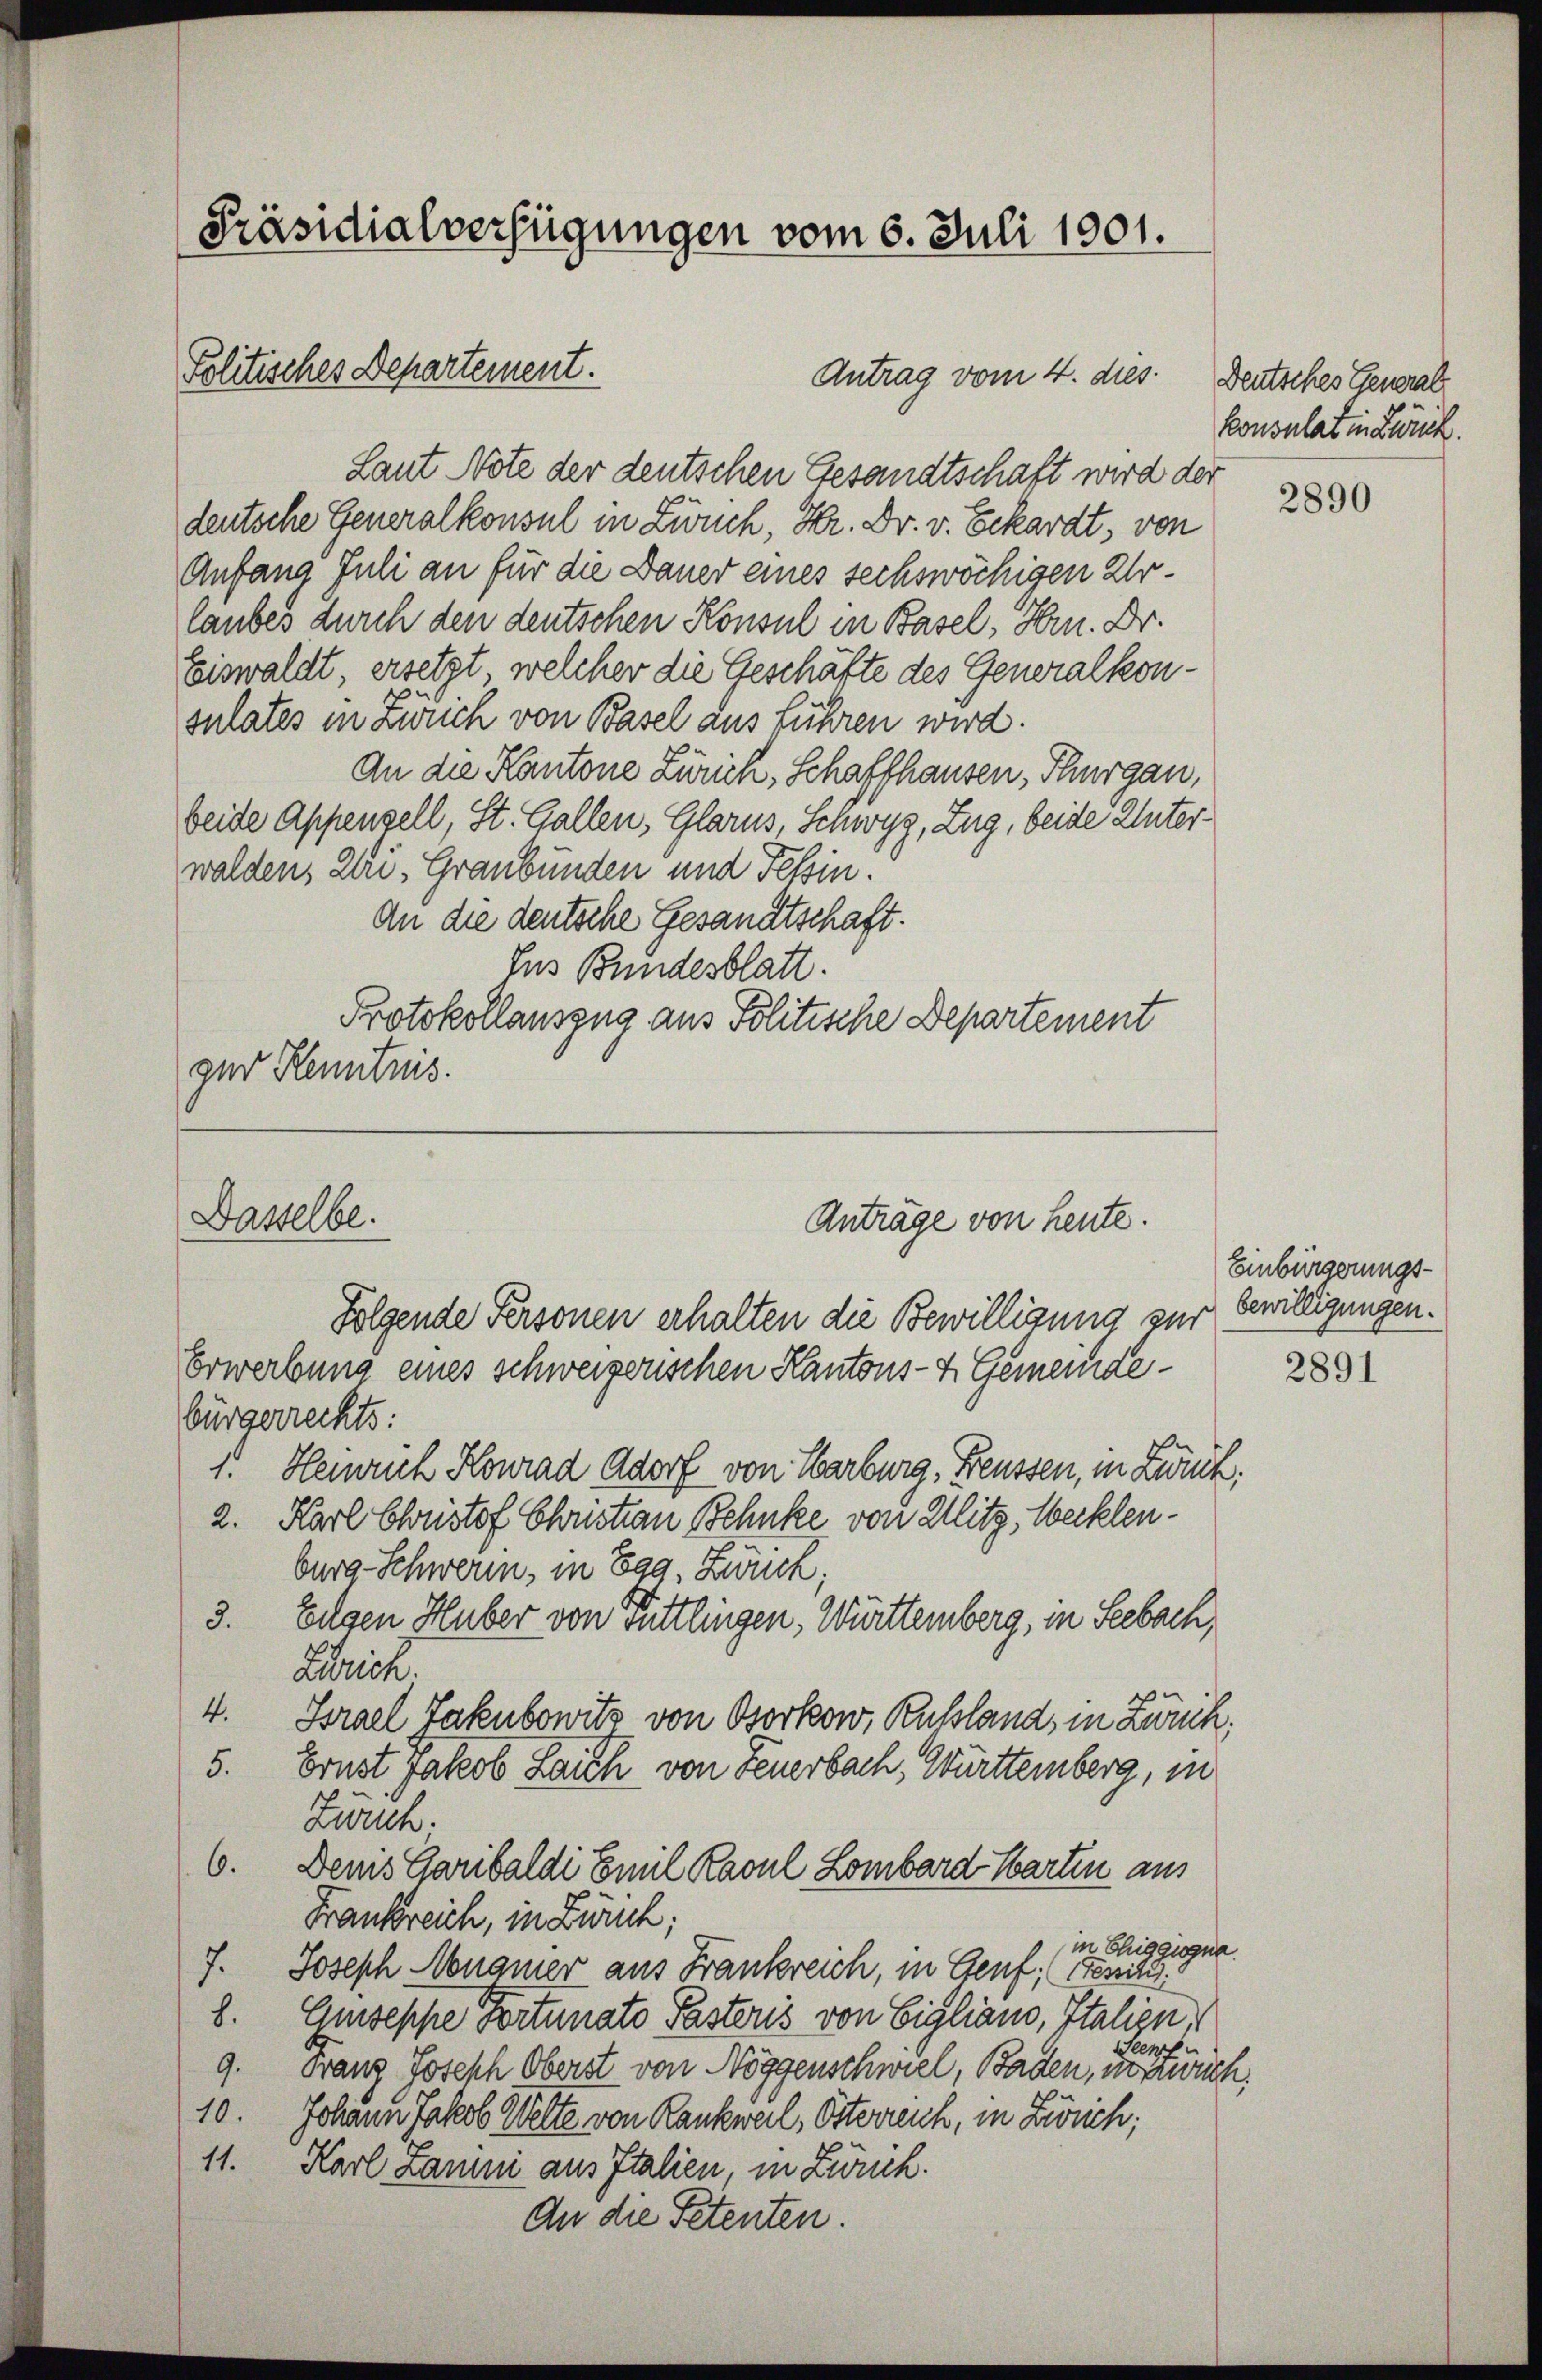
[Präsidialverfügungen vom 6. Juli 1901.

Politisches Departement.

Dasselbe.
Anträge von heute.
Folgende Personen erhalten die Bewilligung zur

Antrag vom 4. dies

Erwerbung eines schweizerischen Kantons- & Gemeindebürgerrechts:
1. Heiwach Konrad Adorf von Harburg, Freussen, in Zuck
2. Karl Christof Christian Behnke von Witz, Mecklenburg-Schweren, in Egg, Zwuck;
3. belgen Huber von sittlingen, Württemberg, in Seebach,
Zürich.
4. Brael Jakubowitz von Osorkow, Rußland, in Zweck,
5. Ernst Jakob Laich von Feuerbach, Württemberg, in
Zweich.
6. Denis Garibaldi Emil Kavul Lombard Warten aus
Frankreich, in Zürich;
in Ehiggiogne.
7. Joseph Neugier aus Frankreich, in Genf, Oenitz.
8. Unsesse Fortunato Pastoris von Eigliano, Italien,
t
9. Franz Joseph Oberst von Nöggenschwiel, Baden, verwüch
10. Johann Jakob Welte von Rankweil, Osterreich, in Zürich;
11. Karl Zarni aus Italien, in Zürch.
An die Petenten

Laut Note der deutschen Gesandtschaft wird der
deutsche Generalkonsul in Zwuch, Hr. Dr. v. Eckardt, von
Anfang Juli an für die Dauer eines sechswöchigen Urlaubes durch den deutschen Konsul in Basel, Hrn. Dr.
Eiswaldt, ersetzt, welcher die Geschäfte des Generalkonsulates in Zürich von Basel aus Luhren wird.
An die Kantone Zürich, Schaffhausen, Thurgau,
beide Appenzell, St. Gallen, Glarus, Schwyz, Zug, beide Unterwalden, Uri, Graubünden und Tessin.
an die deutsche Gesandtschaft.
Ius Bundesblatt.
Protokollauszug aus Politische Departement
gur Kenntnis.

Deutsches General
konsulat in Zürich.

2890

Einbürgerungsbewilligungen.

2891